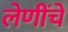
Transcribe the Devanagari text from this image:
लेणींचे